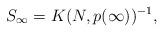
LaTeX: \begin{align*}S_\infty = K(N,p(\infty))^{-1},\end{align*}